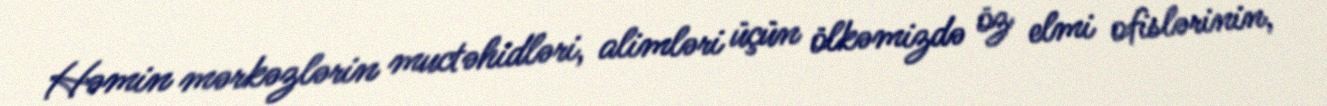
Həmin mərkəzlərin muctəhidləri, alimləri üçün ölkəmizdə öz elmi ofislərinin,